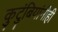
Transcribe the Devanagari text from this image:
कुटुंबियांनीही